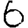
Digit: 6